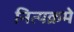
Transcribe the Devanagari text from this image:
नित्यक्रमे